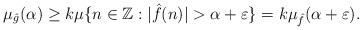
LaTeX: \begin{align*}\mu_{\hat{g}}(\alpha) \ge k \mu \{n\in \mathbb{Z}: |\hat{f}(n)| >\alpha + \varepsilon \}= k\mu_{\hat{f}}(\alpha+\varepsilon).\end{align*}